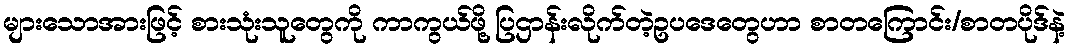
များသောအားဖြင့် စားသုံးသူတွေကို ကာကွယ်ဖို့ ပြဌာန်းလိုက်တဲ့ဥပဒေတွေဟာ စာတကြောင်း/စာတပိုဒ်နဲ့